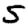
Digit: 5